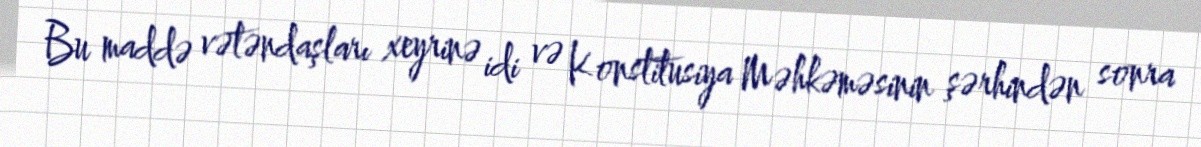
Bu maddə vətəndaşları xeyrinə idi və Konstitusiya Məhkəməsinin şərhindən sonra